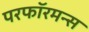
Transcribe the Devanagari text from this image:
परफॉरमन्स